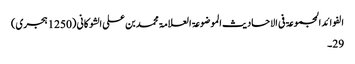
الفوائد المجموعۃ فی الاحادیث الموضوعۃ العلامۃ محمد بن علی الشوکانی (1250 ہجری)
29۔